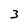
Character: 3